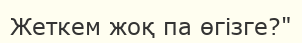
Жеткем жоқ па өгізге?"